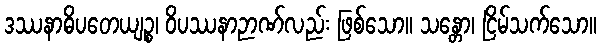
ဒဿနာဓိပတေယျဉ္စ၊ ဝိပဿနာဉာဏ်လည်း ဖြစ်သော။ သန္တော၊ ငြိမ်သက်သော။